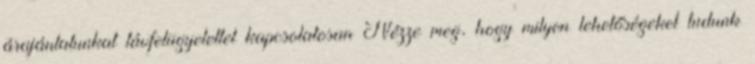
árajánlatunkat távfelügyelettel kapcsolatosan Nézze meg, hogy milyen lehetőségeket tudunk